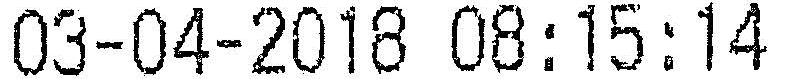
03-04-2018 08:15:14